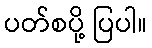
ပတ်စပို့ ပြပါ။